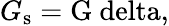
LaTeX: G\mathrm{_s=G\ delta,}